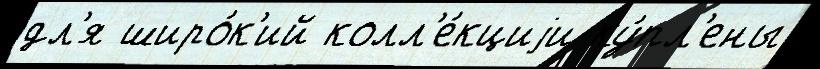
дл'я широ́к'ий колл'е́кциjи ку́пл'ены